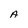
Character: A